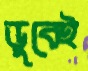
ডুবেই